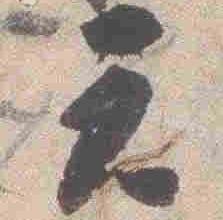
元